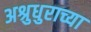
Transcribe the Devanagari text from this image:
अश्रुधुराच्या